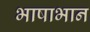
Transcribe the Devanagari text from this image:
भाषाभान